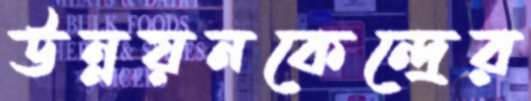
উন্নয়নকেন্দ্রের